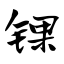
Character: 锞